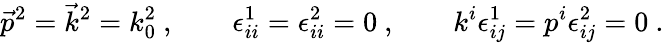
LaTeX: \vec{p}^{2}=\vec{k}^{2}=k_{0}^{2}\ ,\qquad\epsilon_{ii}^{1}=\epsilon_{ii}^{2}=0\ ,\qquad k^{i}\epsilon_{ij}^{1}=p^{i}\epsilon_{ij}^{2}=0\ .